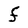
Character: F